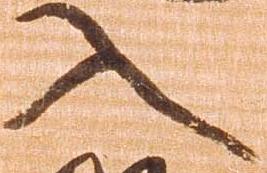
入